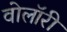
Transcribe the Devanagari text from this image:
वोलॉरी